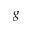
g